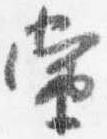
当